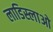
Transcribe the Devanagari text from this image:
लाडिस्लाओ